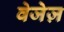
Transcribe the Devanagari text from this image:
वेजेज़